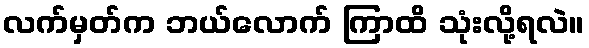
လက်မှတ်က ဘယ်လောက် ကြာထိ သုံးလို့ရလဲ။